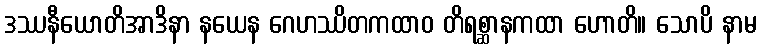
ဒဿနီယောတိအာဒိနာ နယေန ဂေဟဿိတကထာဝ တိရစ္ဆာနကထာ ဟောတိ။ သောပိ နာမ